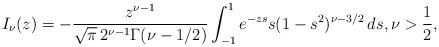
LaTeX: \begin{align*}I_{\nu}(z) = -\frac{z^{\nu-1}}{\sqrt{\pi}\,2^{\nu-1}\Gamma(\nu-1/2)}\int_{-1}^1e^{-zs} s(1-s^2)^{\nu-3/2}\,ds, \nu>\frac12,\end{align*}